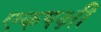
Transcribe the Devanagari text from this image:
एकपक्षी